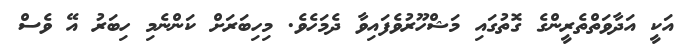
އަކީ އަދާވަތްތެރީންގެ ގޮތުގައި މަޝްހޫރުވެފައިވާ ދެމަހެވެ. މިހިބަރަށް ކަންނެމި ހިބަރު އޭ ވެސް